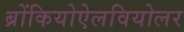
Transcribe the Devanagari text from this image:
ब्रोंकियोऐलवियोलर